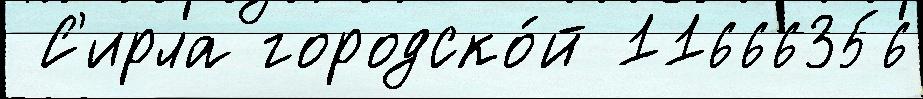
 С'ирла городско́й 11666356